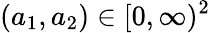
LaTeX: (a_{1},a_{2})\in[0,\infty)^{2}